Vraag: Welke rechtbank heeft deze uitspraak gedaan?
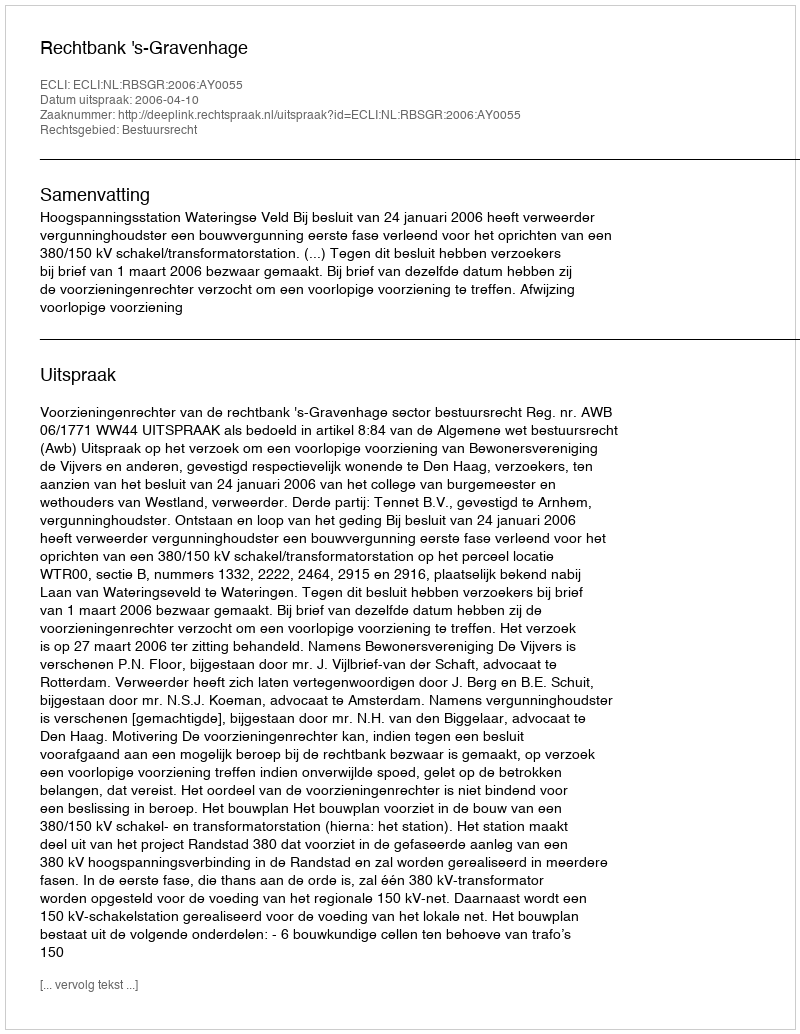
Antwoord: Rechtbank 's-Gravenhage